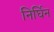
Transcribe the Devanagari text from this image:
निर्घिन